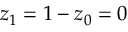
z _ { 1 } = 1 - z _ { 0 } = 0